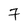
Character: 7